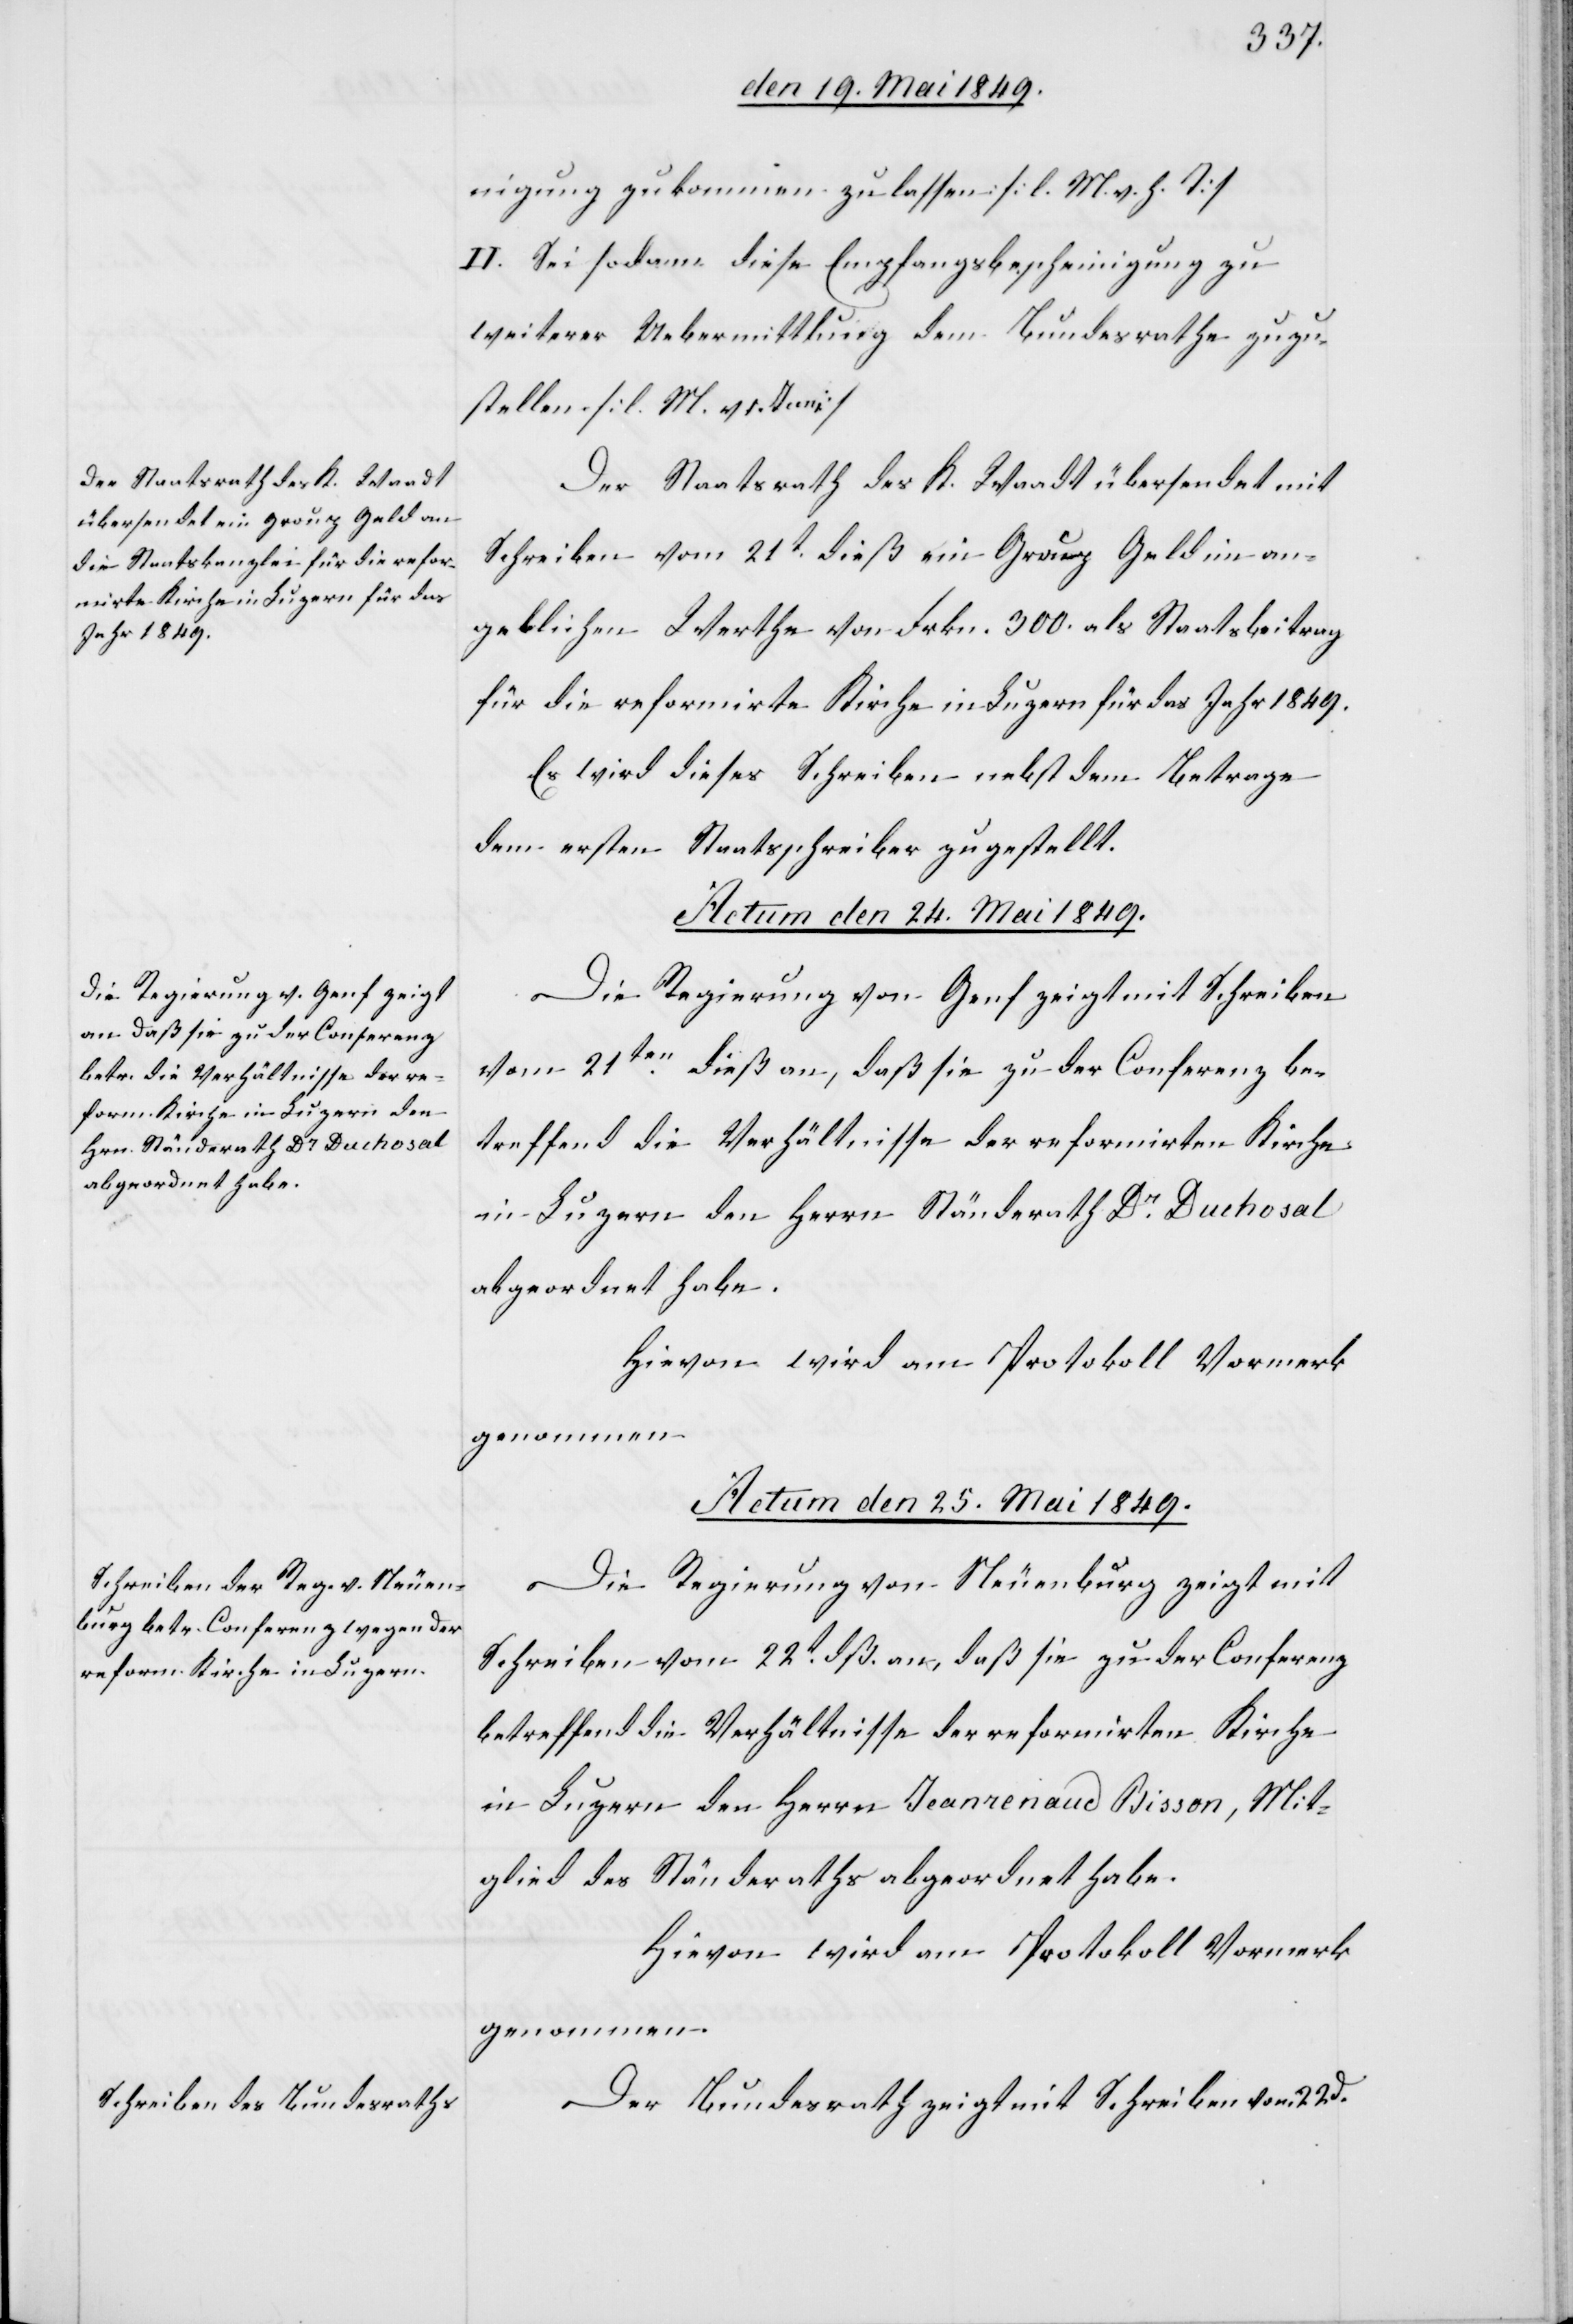
nigung zukommen zu lassen [l. M. h. T]
II. Sei sodann diese Empfangsbescheinigung zu
weiterer Uebermittlung dem Bundesrathe zuzu¬
stellen [l. M. v 1.
Der Staatsrath des K. Waadt übersendet mit
Schreiben vom 21t dieß ein Grouz Geld im an¬
geblichen Werthe von Frkn. 300. als Staatsbeitrag
für die reformirte Kirche in Luzern für das Jahr 1849.
Es wird dieses Schreiben nebst dem Betrage
dem ersten Staatsschreiber zugestellt.
Actum den 24. Mai 1849.
Die Regierung von Genf zeigt mit Schreiben
vom 21ten dieß an, daß sie zu der Conferenz be¬
treffend die Verhältnisse der reformirten Kirche
in Luzern den Herrn Ständerath Dr Duchosal
abgeordnet habe.
Hievon wird am Protokoll Vormerk
genommen.
Actum den 25. Mai 1849.]
Die Regierung von Neuenburg zeigt mit
Schreiben vom 22t dß. an, daß sie zu der Conferenz
betreffend die Verhältnisse der reformirten Kirche
in Luzern den Herrn Jeanrenaud Bisson, Mit¬
glied des Ständeraths abgeordnet habe.
Hievon wird am Protokoll Vormerk
genommen.
Der Bundesrath zeigt mit Schreiben vom 22.